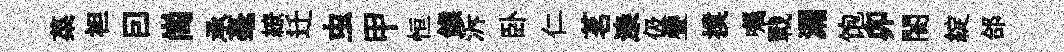
菜袒囙崗承毫繚迁虫甲恒餱泝卧仁茗漆伋疊撲嘱戰漏饱卯閤綻郃